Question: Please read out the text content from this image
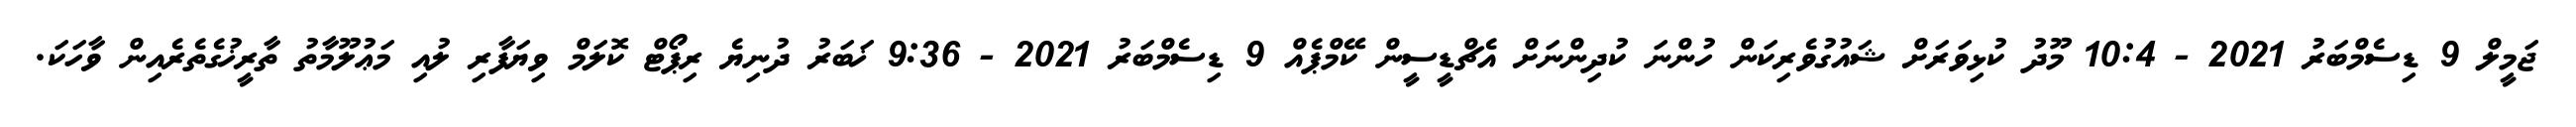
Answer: ޖަމީލް 9 ޑިސެމްބަރު 2021 - 10:4 މޫދު ކުޅިވަރަށް ޝައުގުވެރިކަން ހުންނަ ކުދިންނަށް އެޗްޑީސީން ކޭމްޕެއް 9 ޑިސެމްބަރު 2021 - 9:36 ޚަބަރު ދުނިޔެ ރިޕޯޓް ކޮލަމް ވިޔަފާރި ލުއި މަޢުލޫމާތު ތާރީޚުގެތެރެއިން ވާހަކަ.